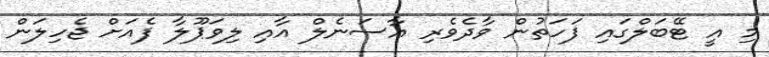
މި އީ ޓޭބަލްގައި ފަހަތުން ވާދެވެރި އާސަނެލް އާއި ލިވަޕޫލާ ފެއަށް ޖެހިލަން